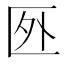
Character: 㔰